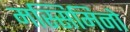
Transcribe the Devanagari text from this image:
मस्सिमिनो